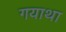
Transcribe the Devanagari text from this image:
गयाथा